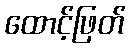
ထောင့်ဖြတ်